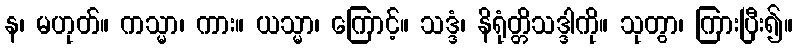
န၊ မဟုတ်။ ကသ္မာ၊ ကား။ ယသ္မာ၊ ကြောင့်။ သဒ္ဒံ၊ နိရုံတ္တိသဒ္ဒါကို။ သုတွာ၊ ကြားပြီး၍။